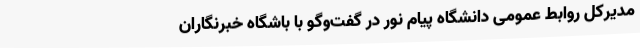
مدیرکل روابط عمومی دانشگاه پیام نور در گفت‌وگو با باشگاه خبرنگاران